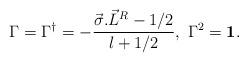
LaTeX: \begin{align*}\Gamma = \Gamma^{\dagger} = -\frac{\vec{\sigma}.{\vec{L}}^R -1/2}{l+1/2},~ \Gamma^2 = {\bf 1}.\end{align*}